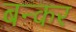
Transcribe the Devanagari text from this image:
बन्कर